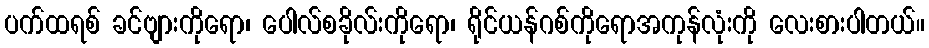
ပက်ထရစ် ခင်ဗျားကိုရော၊ ပေါလ်စခိုလ်းကိုရော၊ ရိုင်ယန်ဂစ်ကိုရောအကုန်လုံးကို လေးစားပါတယ်။